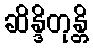
ဆိန္ဒိတုန္တိ